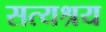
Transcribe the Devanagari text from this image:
सत्यश्रय